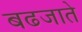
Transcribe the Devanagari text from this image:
बढजाते